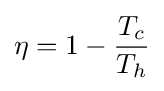
\eta =1-{\frac {T_{c}}{T_{h}}}